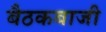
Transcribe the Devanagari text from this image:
बैठकबाजी